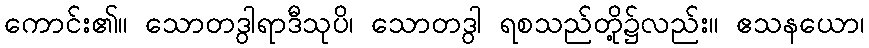
ကောင်း၏။ သောတဒွါရာဒီသုပိ၊ သောတဒွါ ရစသည်တို့၌လည်း။ ဧသနယော၊